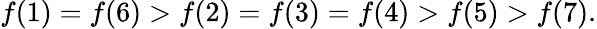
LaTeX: f(1)=f(6)>f(2)=f(3)=f(4)>f(5)>f(7).